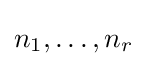
n_{1},\ldots ,n_{r}